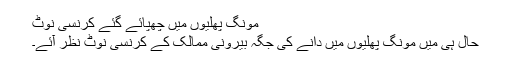
مونگ پھلیوں میں چھپائے گئے کرنسی نوٹ
حال ہی میں مونگ پھلیوں میں دانے کی جگہ بیرونی ممالک کے کرنسی نوٹ نظر آئے۔